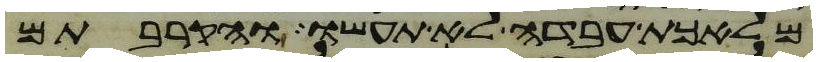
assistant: מלאכת עבדה לא תעשו והקרבתם